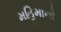
મહિમાનો